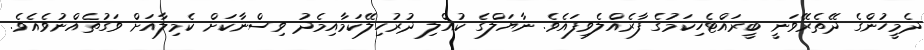
ދެމީހުންގެ ދޭތެރޭވަނީ ބީރައްޓެހިކަމުގެ ފާރެއްލެވިފައެވެ. ނާޔަލްގެ ކުއްލި ދުރުހިލޭކަމާއިމެދު ވިސްނާކަށް ކެމިލާއަށް ވަގުތެއްނުވެއެވެ.